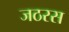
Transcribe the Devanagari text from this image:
जठरस